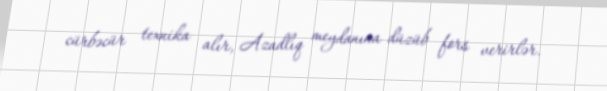
cürbəcür texnika alır, Azadlıq meydanına düzüb fors verirlər.